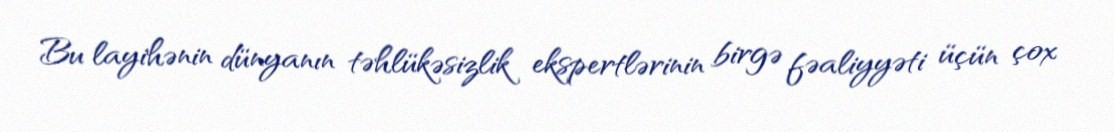
Bu layihənin dünyanın təhlükəsizlik ekspertlərinin birgə fəaliyyəti üçün çox